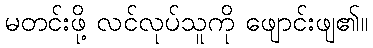
မတင်းဖို့ လင်လုပ်သူကို ဖျောင်းဖျ၏။